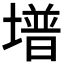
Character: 𡐭